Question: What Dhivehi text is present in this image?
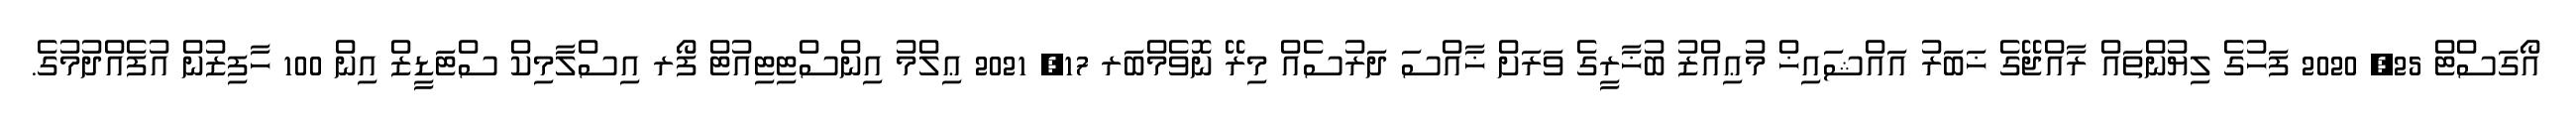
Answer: އޯގަސްޓް 25, 2020 ފަހުގެ ލިޔުންތައް ރާއްޖޭގެ ޚަބަރު އައްޝައިޚް މުޢިއްޒު ބުޚާރީގެ ވަރަށް ޚާއްސަ ދަރުސެއް މިރޭ ނޮވެމްބަރ 17, 2021 ޢިލްމު އިންސްޓިޓިއުޓް ފޯރ އިސްލާމިކް ސްޓަޑީޒް އިން 100 ހާފިޒުން އުފެއްދުމުގެ.